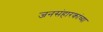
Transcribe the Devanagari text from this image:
जनसंहारकांच्या